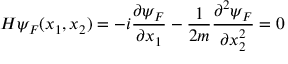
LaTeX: { \cal H } \psi _ { F } ( x _ { 1 } , x _ { 2 } ) = - i \frac { \partial \psi _ { F } } { \partial x _ { 1 } } - \frac { 1 } { 2 m } \frac { \partial ^ { 2 } \psi _ { F } } { \partial x _ { 2 } ^ { 2 } } = 0